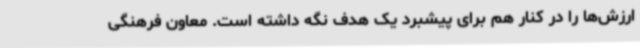
ارزش‌ها را در کنار هم برای پیشبرد یک هدف نگه داشته است. معاون فرهنگی